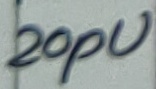
Text: 20pU